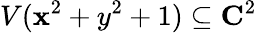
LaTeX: V(\mathbf{x}^{2}+y^{2}+1)\subseteq\mathbf{{C}}^{2}